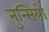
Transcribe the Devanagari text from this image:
नुन्सियो